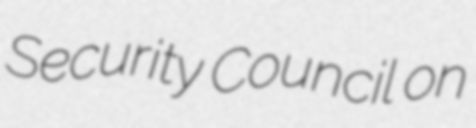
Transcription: Security Council on